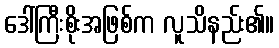
ဒေါ်ကြီးစိုးအဖြစ်က လူသိနည်း၏။